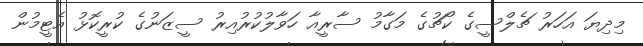
މިދިޔަ އަހަރު ޗެލްސީގެ ކޯޗުގެ މަގާމު ސާރީއާ ހަވާލުކުރުއިރު ސީޒަނުގެ ކުރީކޮޅު އެޓީމުން